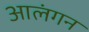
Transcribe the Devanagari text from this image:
आलंगन